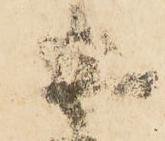
安